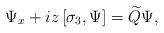
LaTeX: \begin{align*}\Psi_x+iz\left[\sigma_3,\Psi\right]=\widetilde{Q} \Psi,\end{align*}